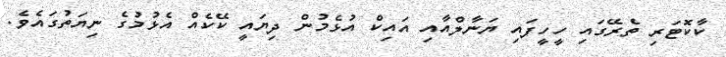
ކާކޮޓަރި ތެރޭގައި ހީހީފައި ޔަނާލްއާއި އައިކް އުޅެމުން ދިޔައީ ކޭކެއް އެޅުމުގެ ނިޔަތުގައެވެ.